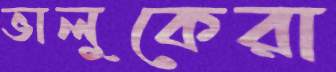
ভালুকেরা